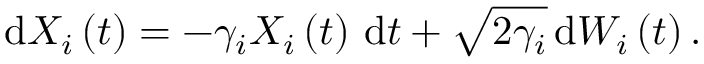
\mathrm { d } X _ { i } \left( t \right) = - \gamma _ { i } X _ { i } \left( t \right) \, \mathrm { d } t + \sqrt { 2 \gamma _ { i } } \, \mathrm { d } W _ { i } \left( t \right) .